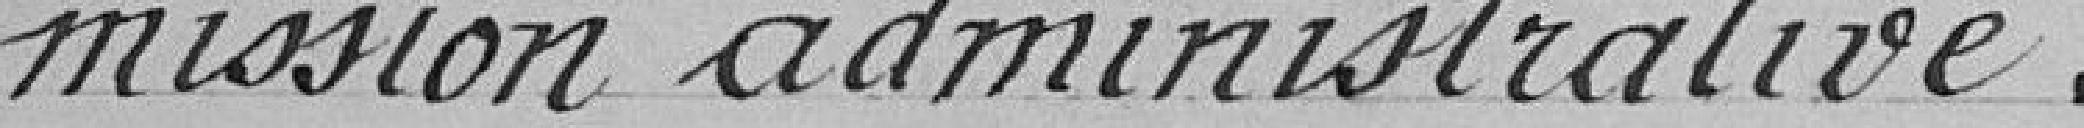
mission administrative